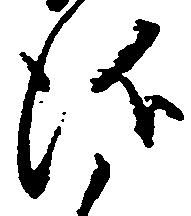
儀